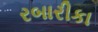
રબારીકા